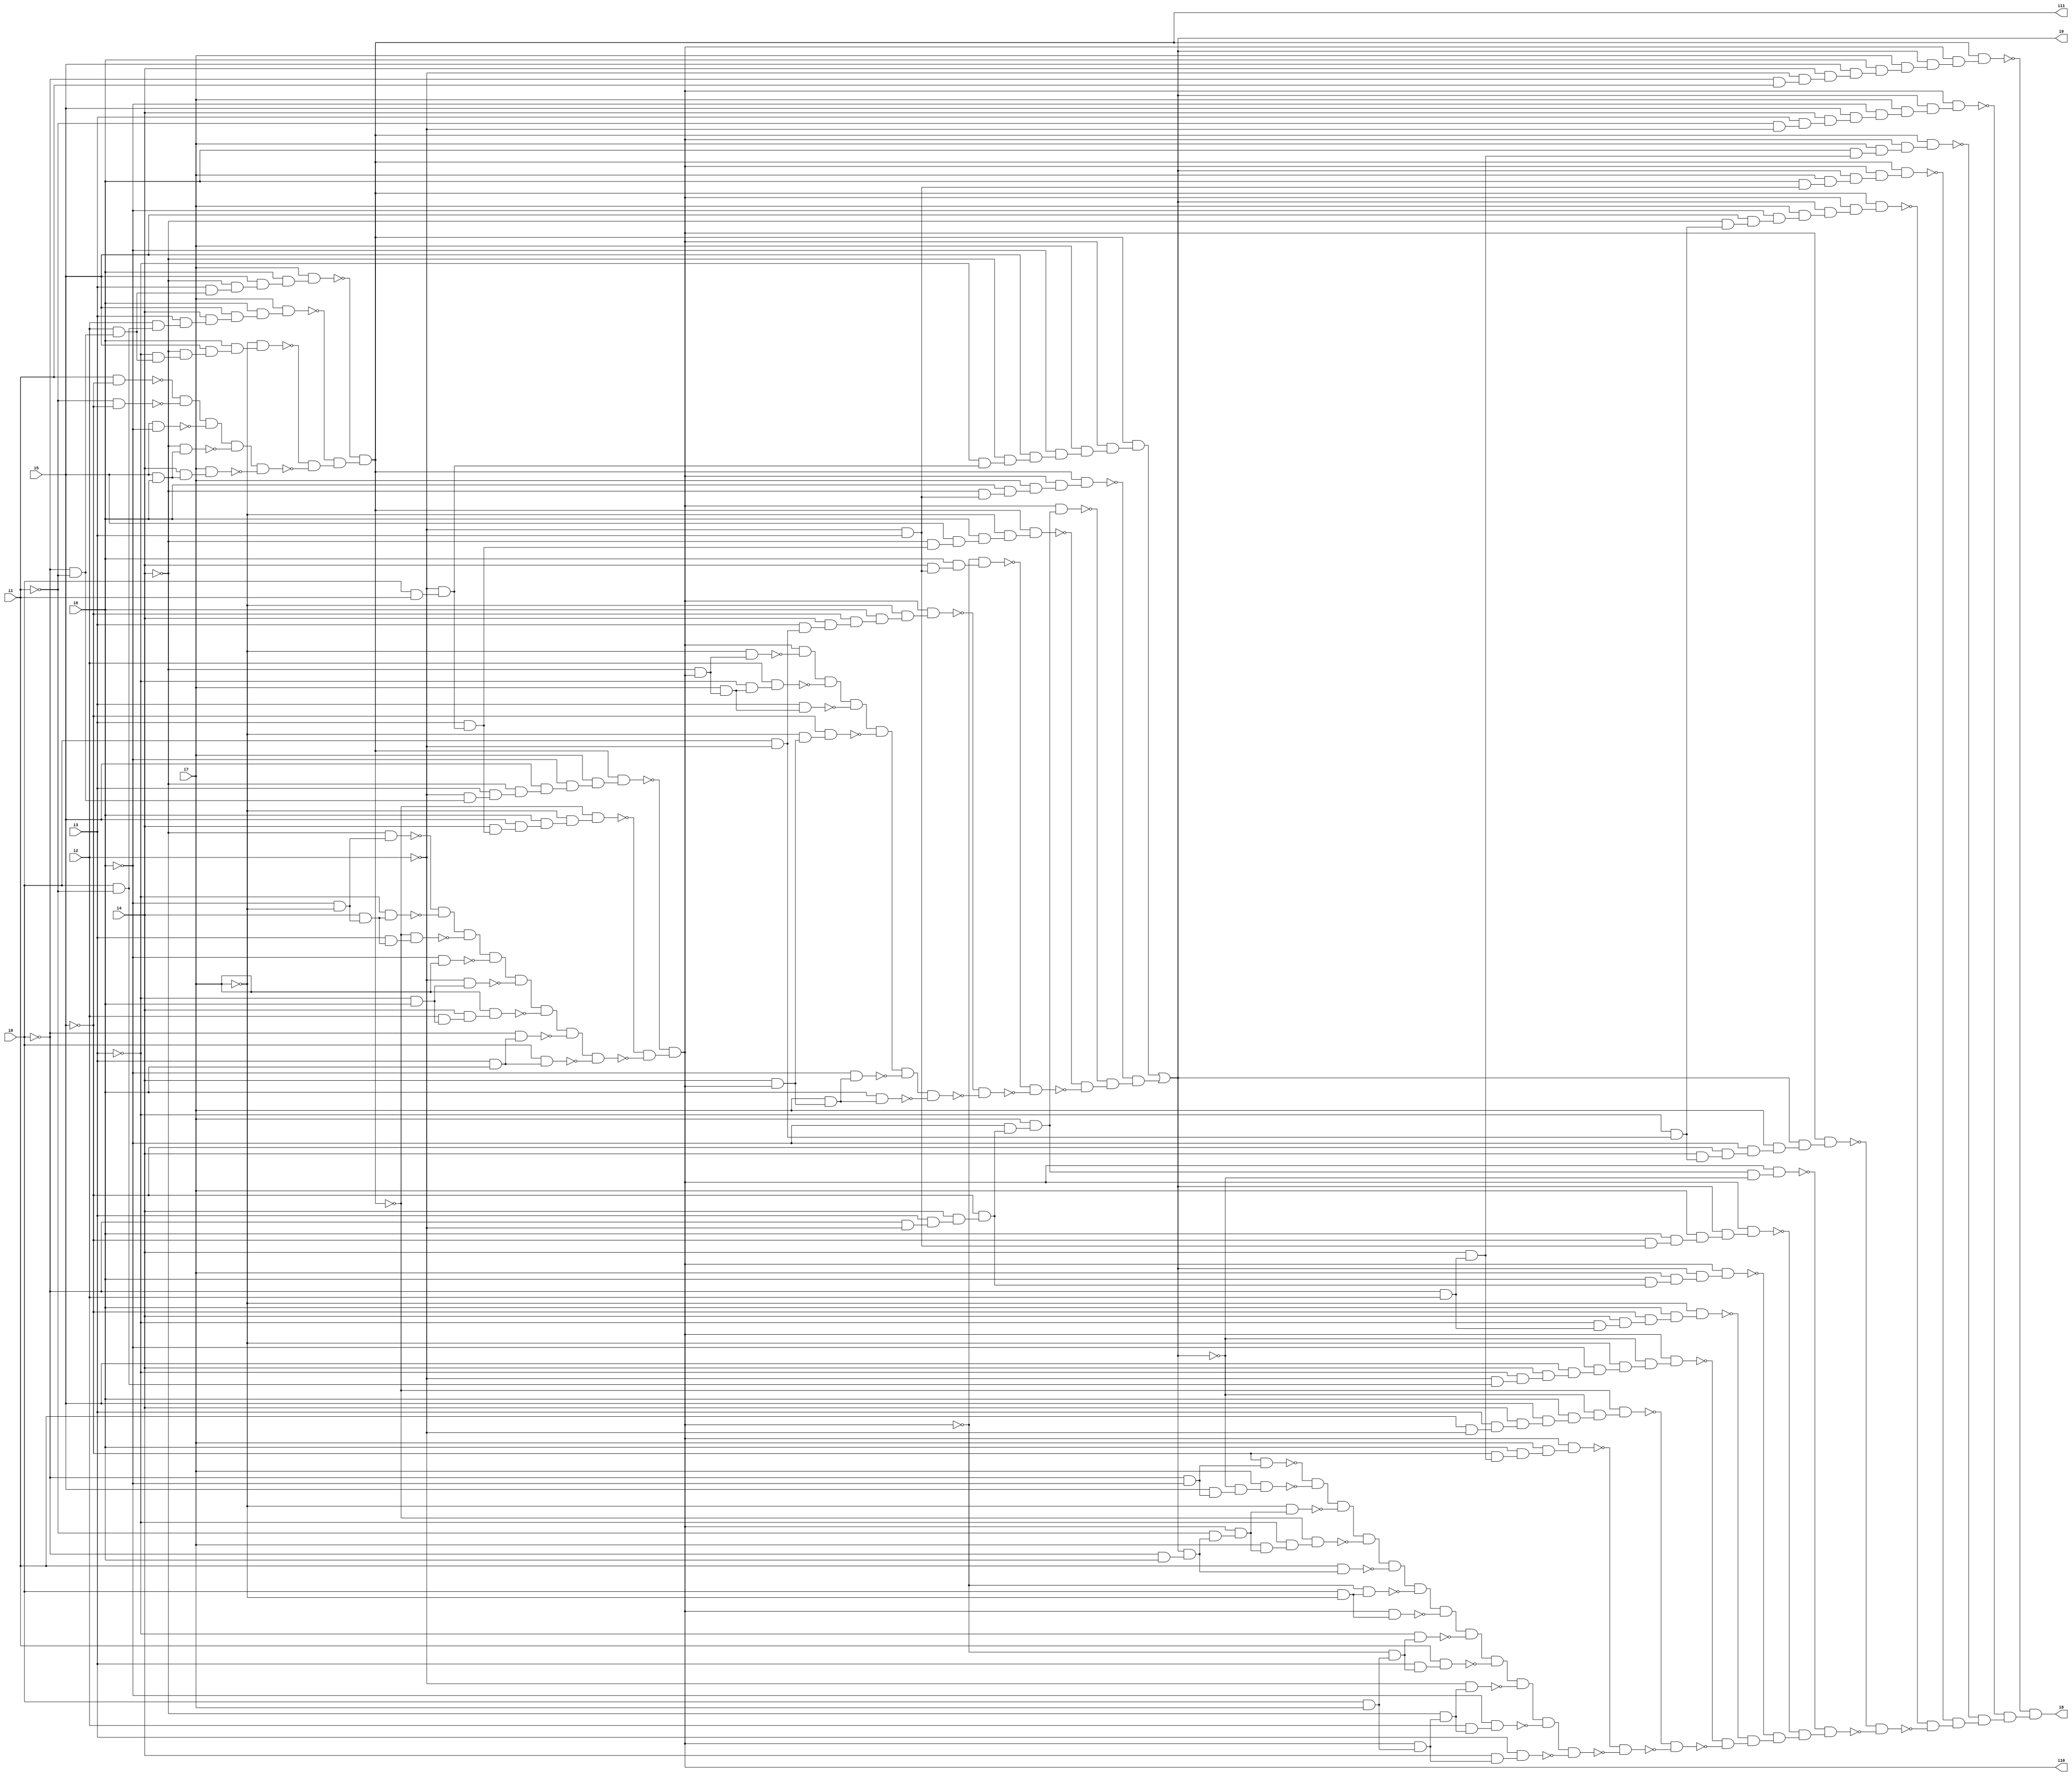
// Benchmark "SKOLEMFORMULA" written by ABC on Mon May  4 05:28:07 2020

module SKOLEMFORMULA ( 
    i0, i1, i2, i3, i4, i5, i6, i7,
    i8, i9, i10, i11  );
  input  i0, i1, i2, i3, i4, i5, i6, i7;
  output i8, i9, i10, i11;
  wire n13, n14, n15, n16, n17, n18, n19, n20, n21, n22, n23, n24, n25, n26,
    n27, n28, n29, n30, n31, n32, n33, n34, n35, n36, n37, n38, n39, n40,
    n41, n42, n43, n44, n46, n47, n48, n49, n50, n51, n52, n53, n54, n55,
    n56, n57, n58, n59, n60, n61, n62, n63, n64, n65, n66, n67, n68, n69,
    n70, n71, n72, n73, n74, n75, n76, n77, n78, n79, n80, n81, n82, n83,
    n85, n86, n87, n88, n89, n90, n91, n92, n93, n94, n95, n96, n97, n98,
    n99, n100, n101, n102, n103, n104, n105, n106, n107, n108, n109, n110,
    n111, n112, n113, n114, n115, n116, n117, n118, n119, n120, n121, n122,
    n123, n124, n125, n126, n127, n128, n129, n130, n131, n132, n133, n134,
    n135, n136, n137, n138, n139, n140, n141, n142, n144, n145, n146, n147,
    n148, n149, n150, n151, n152, n153, n154, n155, n156, n157, n158, n159,
    n160, n161, n162, n163, n164, n165, n166, n167, n168, n169, n170, n171,
    n172, n173, n174, n175, n176, n177, n178, n179, n180, n181, n182, n183,
    n184, n185, n186, n187, n188, n189, n190, n191, n192, n193, n194, n195,
    n196, n197, n198, n199, n200, n201, n202, n203, n204, n205, n206, n207,
    n208, n209, n210, n211, n212, n213, n214, n215, n216, n217, n218, n219,
    n220, n221, n222, n223, n224, n225, n226, n227, n228, n229, n230, n231,
    n232, n233, n234, n235, n236, n237, n238, n239, n240, n241, n242, n243,
    n244, n245, n246, n247, n248, n249, n250, n251, n252, n253, n254, n255,
    n256, n257, n258, n259, n260, n261, n262, n263, n264, n265, n266, n267,
    n268, n269, n270, n271, n272;
  assign n13 = ~i0 & ~i1;
  assign n14 = i2 & n13;
  assign n15 = ~i3 & n14;
  assign n16 = ~i4 & n15;
  assign n17 = i5 & n16;
  assign n18 = i6 & n17;
  assign n19 = ~i7 & n18;
  assign n20 = i0 & ~i1;
  assign n21 = i2 & n20;
  assign n22 = i3 & n21;
  assign n23 = i4 & n22;
  assign n24 = i5 & n23;
  assign n25 = i6 & n24;
  assign n26 = i7 & n25;
  assign n27 = i3 & n14;
  assign n28 = ~i4 & n27;
  assign n29 = i5 & n28;
  assign n30 = i6 & n29;
  assign n31 = i7 & n30;
  assign n32 = i1 & ~i5;
  assign n33 = ~i1 & ~i5;
  assign n34 = ~n32 & ~n33;
  assign n35 = i5 & ~i6;
  assign n36 = n34 & ~n35;
  assign n37 = i5 & i6;
  assign n38 = ~i4 & n37;
  assign n39 = n36 & ~n38;
  assign n40 = i4 & n37;
  assign n41 = i7 & n40;
  assign n42 = n39 & ~n41;
  assign n43 = ~n19 & ~n42;
  assign n44 = ~n26 & n43;
  assign i11 = ~n31 & n44;
  assign n46 = i0 & i1;
  assign n47 = ~i2 & n46;
  assign n48 = i3 & n47;
  assign n49 = i4 & n48;
  assign n50 = i5 & n49;
  assign n51 = i6 & n50;
  assign n52 = ~i7 & n51;
  assign n53 = ~i11 & n52;
  assign n54 = ~i2 & n13;
  assign n55 = i3 & n54;
  assign n56 = ~i4 & n55;
  assign n57 = i5 & n56;
  assign n58 = ~i6 & n57;
  assign n59 = i7 & n58;
  assign n60 = i11 & n59;
  assign n61 = ~i6 & ~i7;
  assign n62 = ~i4 & n61;
  assign n63 = i4 & n61;
  assign n64 = ~i3 & n63;
  assign n65 = ~n62 & ~n64;
  assign n66 = i3 & n63;
  assign n67 = ~i11 & n66;
  assign n68 = n65 & ~n67;
  assign n69 = ~i6 & i7;
  assign n70 = n68 & ~n69;
  assign n71 = ~i3 & i6;
  assign n72 = ~i2 & n71;
  assign n73 = n70 & ~n72;
  assign n74 = i2 & n71;
  assign n75 = i4 & n74;
  assign n76 = i7 & n75;
  assign n77 = n73 & ~n76;
  assign n78 = i3 & i6;
  assign n79 = ~i0 & n78;
  assign n80 = n77 & ~n79;
  assign n81 = i0 & n78;
  assign n82 = n80 & ~n81;
  assign n83 = ~n53 & ~n82;
  assign i10 = ~n60 & n83;
  assign n85 = i0 & ~i2;
  assign n86 = i3 & n85;
  assign n87 = i4 & n86;
  assign n88 = ~i5 & n87;
  assign n89 = i6 & n88;
  assign n90 = ~i7 & n89;
  assign n91 = i10 & n90;
  assign n92 = ~i2 & i3;
  assign n93 = i4 & n92;
  assign n94 = i6 & n93;
  assign n95 = ~i10 & n94;
  assign n96 = ~i4 & n48;
  assign n97 = i5 & n96;
  assign n98 = i6 & n97;
  assign n99 = ~i7 & n98;
  assign n100 = i11 & n99;
  assign n101 = ~i0 & ~i2;
  assign n102 = i3 & n101;
  assign n103 = i4 & n102;
  assign n104 = ~i5 & n103;
  assign n105 = ~i6 & n104;
  assign n106 = i7 & n105;
  assign n107 = i10 & n106;
  assign n108 = ~i4 & n92;
  assign n109 = i6 & n108;
  assign n110 = i7 & n109;
  assign n111 = i10 & n110;
  assign n112 = i11 & n111;
  assign n113 = ~i3 & n47;
  assign n114 = ~i4 & n113;
  assign n115 = i5 & n114;
  assign n116 = ~i6 & n115;
  assign n117 = i7 & n116;
  assign n118 = i10 & n117;
  assign n119 = i11 & n118;
  assign n120 = ~i4 & i10;
  assign n121 = ~i7 & n120;
  assign n122 = i10 & ~n121;
  assign n123 = i7 & n120;
  assign n124 = ~i3 & n123;
  assign n125 = i2 & n124;
  assign n126 = n122 & ~n125;
  assign n127 = i3 & n123;
  assign n128 = n126 & ~n127;
  assign n129 = i4 & i10;
  assign n130 = ~i7 & n129;
  assign n131 = ~i5 & n130;
  assign n132 = n128 & ~n131;
  assign n133 = i7 & n129;
  assign n134 = ~i6 & n133;
  assign n135 = n132 & ~n134;
  assign n136 = i6 & n133;
  assign n137 = n135 & ~n136;
  assign n138 = ~n91 & ~n137;
  assign n139 = ~n95 & ~n138;
  assign n140 = ~n100 & ~n139;
  assign n141 = ~n107 & n140;
  assign n142 = ~n112 & n141;
  assign i9 = n119 | n142;
  assign n144 = ~i0 & i2;
  assign n145 = i4 & n144;
  assign n146 = ~i5 & n145;
  assign n147 = i6 & n146;
  assign n148 = i7 & n147;
  assign n149 = i10 & n148;
  assign n150 = i1 & ~i2;
  assign n151 = i3 & n150;
  assign n152 = i4 & n151;
  assign n153 = i5 & n152;
  assign n154 = i6 & n153;
  assign n155 = ~i9 & n154;
  assign n156 = ~i11 & n155;
  assign n157 = ~i2 & n20;
  assign n158 = ~i3 & n157;
  assign n159 = i4 & n158;
  assign n160 = i5 & n159;
  assign n161 = ~i6 & n160;
  assign n162 = ~i7 & n161;
  assign n163 = ~i9 & n162;
  assign n164 = i10 & n163;
  assign n165 = ~i3 & n144;
  assign n166 = i4 & n165;
  assign n167 = ~i5 & n166;
  assign n168 = i6 & n167;
  assign n169 = ~i7 & n168;
  assign n170 = i6 & n104;
  assign n171 = i7 & n170;
  assign n172 = i9 & n171;
  assign n173 = i10 & n172;
  assign n174 = ~i5 & n92;
  assign n175 = i6 & n174;
  assign n176 = i7 & n175;
  assign n177 = i9 & n176;
  assign n178 = i10 & n177;
  assign n179 = n106 & ~i9;
  assign n180 = i10 & n179;
  assign n181 = ~i3 & n85;
  assign n182 = i4 & n181;
  assign n183 = ~i5 & n182;
  assign n184 = ~i6 & n183;
  assign n185 = i7 & n184;
  assign n186 = i9 & n185;
  assign n187 = i10 & n186;
  assign n188 = ~i4 & n181;
  assign n189 = i5 & n188;
  assign n190 = ~i6 & n189;
  assign n191 = i7 & n190;
  assign n192 = i9 & n191;
  assign n193 = i10 & n192;
  assign n194 = i11 & n193;
  assign n195 = i6 & n92;
  assign n196 = i7 & n195;
  assign n197 = i9 & n196;
  assign n198 = i10 & n197;
  assign n199 = i11 & n198;
  assign n200 = i6 & n145;
  assign n201 = i7 & n200;
  assign n202 = i10 & n201;
  assign n203 = i11 & n202;
  assign n204 = ~i1 & ~i2;
  assign n205 = i3 & n204;
  assign n206 = i4 & n205;
  assign n207 = i5 & n206;
  assign n208 = ~i6 & n207;
  assign n209 = i7 & n208;
  assign n210 = i9 & n209;
  assign n211 = i10 & n210;
  assign n212 = ~i0 & i1;
  assign n213 = ~i2 & n212;
  assign n214 = i4 & n213;
  assign n215 = i5 & n214;
  assign n216 = i6 & n215;
  assign n217 = i7 & n216;
  assign n218 = i9 & n217;
  assign n219 = i10 & n218;
  assign n220 = i11 & n219;
  assign n221 = ~i0 & ~i6;
  assign n222 = ~i5 & n221;
  assign n223 = i5 & n221;
  assign n224 = ~i9 & n223;
  assign n225 = i7 & n224;
  assign n226 = ~n222 & ~n225;
  assign n227 = ~i0 & i6;
  assign n228 = i9 & n227;
  assign n229 = ~i1 & n228;
  assign n230 = i10 & n229;
  assign n231 = ~i7 & n230;
  assign n232 = n226 & ~n231;
  assign n233 = i7 & n230;
  assign n234 = ~i3 & n233;
  assign n235 = ~i11 & n234;
  assign n236 = n232 & ~n235;
  assign n237 = i1 & n228;
  assign n238 = n236 & ~n237;
  assign n239 = i0 & ~i7;
  assign n240 = ~i10 & n239;
  assign n241 = n238 & ~n240;
  assign n242 = i10 & n239;
  assign n243 = n241 & ~n242;
  assign n244 = i0 & i7;
  assign n245 = ~i10 & n244;
  assign n246 = ~i3 & n245;
  assign n247 = n243 & ~n246;
  assign n248 = i3 & n245;
  assign n249 = i1 & n248;
  assign n250 = n247 & ~n249;
  assign n251 = i10 & n244;
  assign n252 = ~i4 & n251;
  assign n253 = ~i2 & n252;
  assign n254 = n250 & ~n253;
  assign n255 = i2 & n252;
  assign n256 = ~i6 & n255;
  assign n257 = n254 & ~n256;
  assign n258 = i4 & n251;
  assign n259 = i3 & n258;
  assign n260 = n257 & ~n259;
  assign n261 = ~n149 & ~n260;
  assign n262 = ~n156 & ~n261;
  assign n263 = ~n164 & ~n262;
  assign n264 = ~n169 & n263;
  assign n265 = ~n173 & n264;
  assign n266 = ~n178 & n265;
  assign n267 = ~n180 & n266;
  assign n268 = ~n187 & ~n267;
  assign n269 = ~n194 & ~n268;
  assign n270 = ~n199 & n269;
  assign n271 = ~n203 & n270;
  assign n272 = ~n211 & n271;
  assign i8 = ~n220 & n272;
endmodule